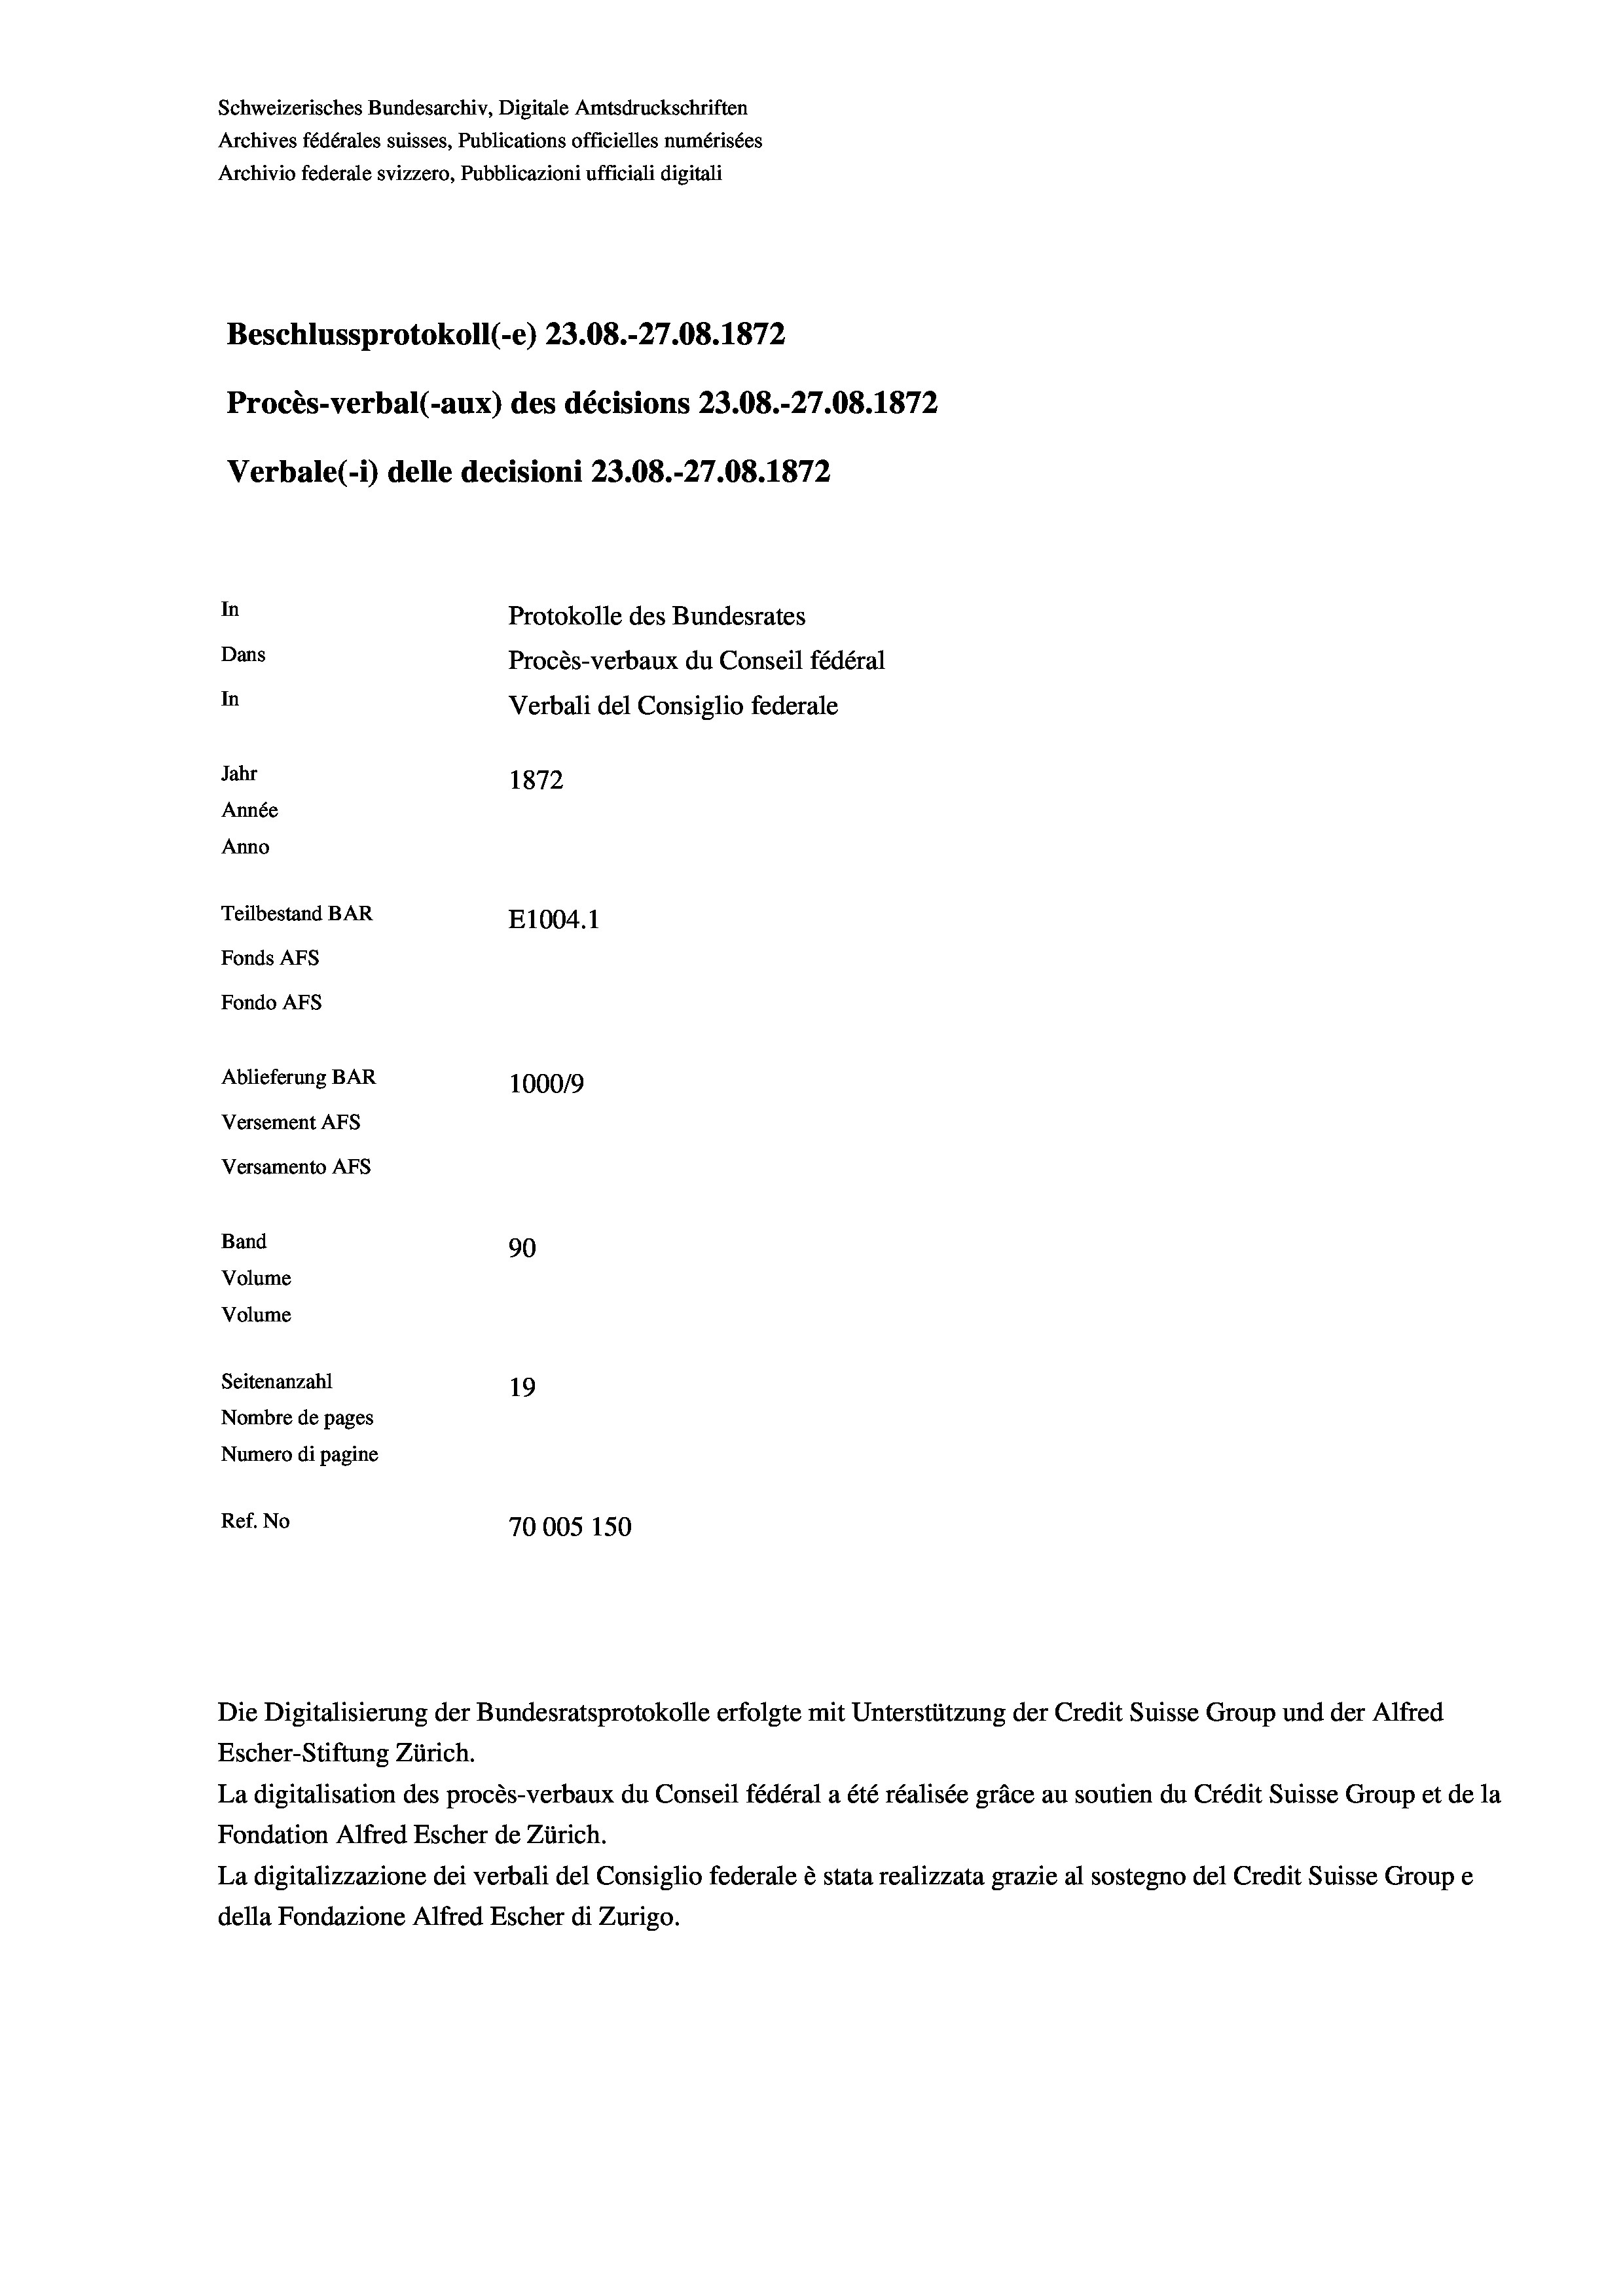
Schweizerisches Bundesarchiv, Digitale Amtsdruckschriften
Archives fédérales suisses, Publications officielles numérisées
Archivio federale svizzero, Pubblicazioni ufficiali digitali
Beschlussprotokoll (-e) 23.08.-27.08. 1872
Procès-verbal (-aux) des décisions 23.08.-27.08. 1872
Verbale(- 1) delle decisioni 23.08.-27.08. 1872
In
Protokolle des Bundesrates
Dans
Procès-verbaux du Conseil fédéral
In
Verbali del Consiglio federale
Jahr
1872
Année
Anno
Teilbestand BAR
E1004. 1
Fonds AFs
Fondo Afs
Ablieferung BAR
100019
Versement AFs
Versamento Afs

Band
Volume

90
Seitenanzahl
19
Nombre de pages
Numero di pagine
Ref. No
70005 150

Volume

Die Digitalisierung der Bundesratsprotokolle erfolgte mit Unterstützung der Credit Suisse Group und der Alfred
Escher-Stiftung Zürich.
La digitalisation des procès-verbaux du Conseil fédéral a été réalisée gräce au soutien du Crédit Suisse Group et de la
Fondation Alfred Escher de Zürich.
La digitalizzazione dei verbali del Consiglio federale è stata realizzata grazie al sostegno del Credit Suisse Groupe
della Fondazione Alfred Escher di Zurigo.